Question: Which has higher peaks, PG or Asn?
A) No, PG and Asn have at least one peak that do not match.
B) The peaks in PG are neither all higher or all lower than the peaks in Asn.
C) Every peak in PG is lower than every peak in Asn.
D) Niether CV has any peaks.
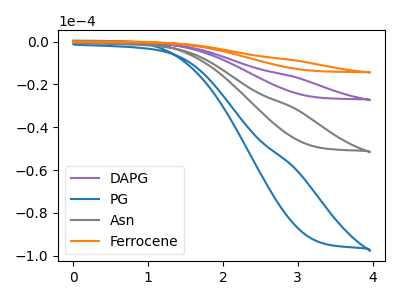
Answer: <think>The purple curve "DAPG" has no peaks. The blue curve "PG" has no peaks. The gray curve "Asn" has no peaks. The orange curve "Ferrocene" has no peaks.</think>
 <answer>D) Niether CV has any peaks.</answer>
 <eval>D</eval>